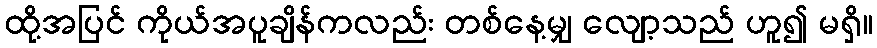
ထို့အပြင် ကိုယ်အပူချိန်ကလည်း တစ်နေ့မျှ လျော့သည် ဟူ၍ မရှိ။